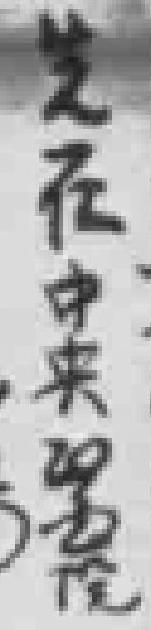
先在中央醫院